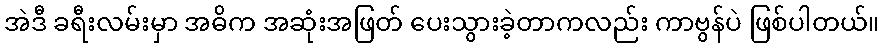
အဲဒီ ခရီးလမ်းမှာ အဓိက အဆုံးအဖြတ် ပေးသွားခဲ့တာကလည်း ကာဗွန်ပဲ ဖြစ်ပါတယ်။